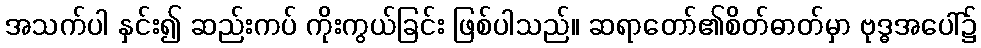
အသက်ပါ နှင်း၍ ဆည်းကပ် ကိုးကွယ်ခြင်း ဖြစ်ပါသည်။ ဆရာတော်၏စိတ်ဓာတ်မှာ ဗုဒ္ဓအပေါ်၌